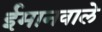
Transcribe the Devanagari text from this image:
ईमानवाले